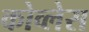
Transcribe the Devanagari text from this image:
कोव्लेस